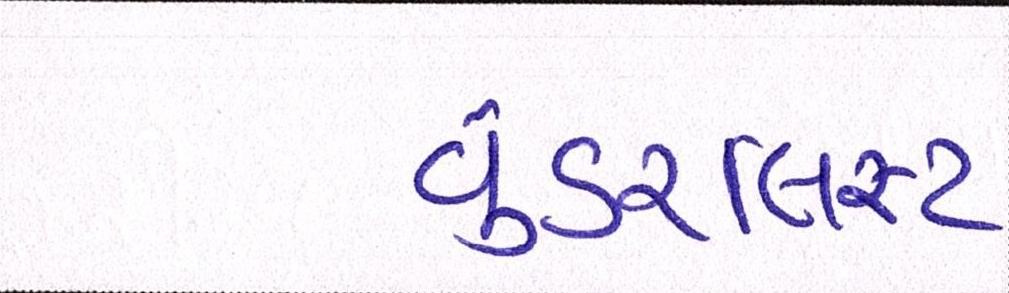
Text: વુંડરલિસ્ટ